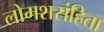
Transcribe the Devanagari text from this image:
लोमशसंहिता